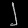
Digit: ၂